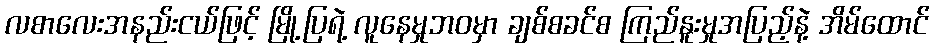
လစာလေးအနည်းငယ်ဖြင့် မြို့ပြရဲ့ လူနေမှုဘဝမှာ ချစ်စခင်စ ကြည်နူးမှုအပြည့်နဲ့ အိမ်ထောင်